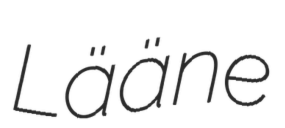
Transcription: Lääne